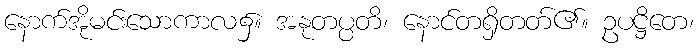
နောက်အိုမင်းသောကာလ၌။ အနုတပ္ပတိ၊ နောင်တရှိတတ်၏။ ဥပဋ္ဌိတေ၊